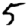
Digit: 5